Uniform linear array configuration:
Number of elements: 48
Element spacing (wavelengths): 0.5
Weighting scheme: uniform
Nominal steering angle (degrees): -45
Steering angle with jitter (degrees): -46.548
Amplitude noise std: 0.05
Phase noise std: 0.05

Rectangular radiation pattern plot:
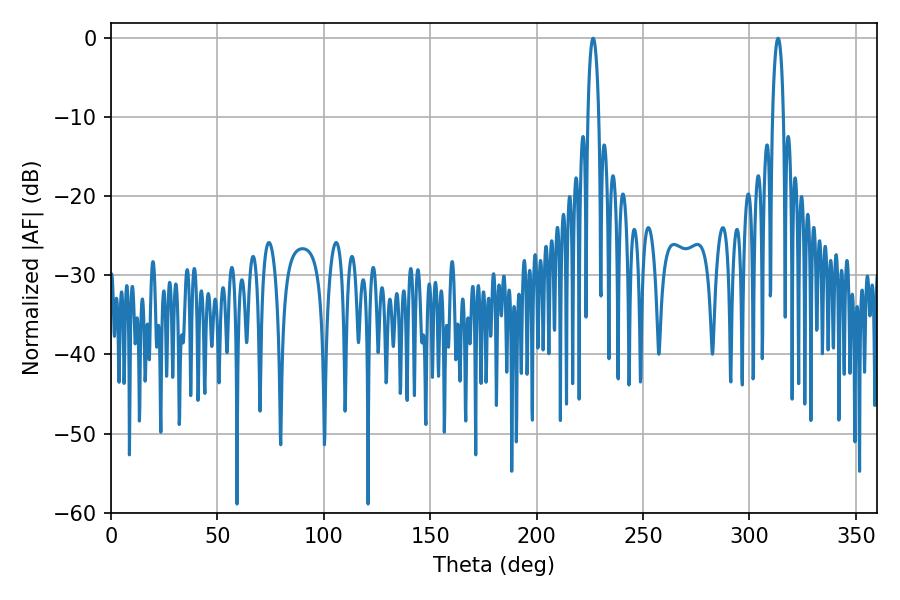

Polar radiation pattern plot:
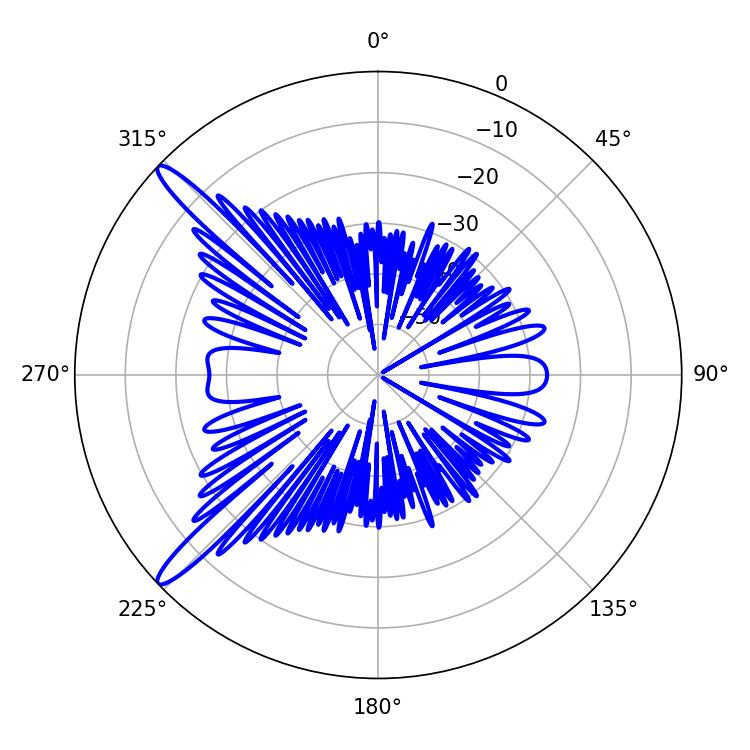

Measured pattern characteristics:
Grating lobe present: FALSE
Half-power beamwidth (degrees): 2.88
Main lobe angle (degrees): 313.38